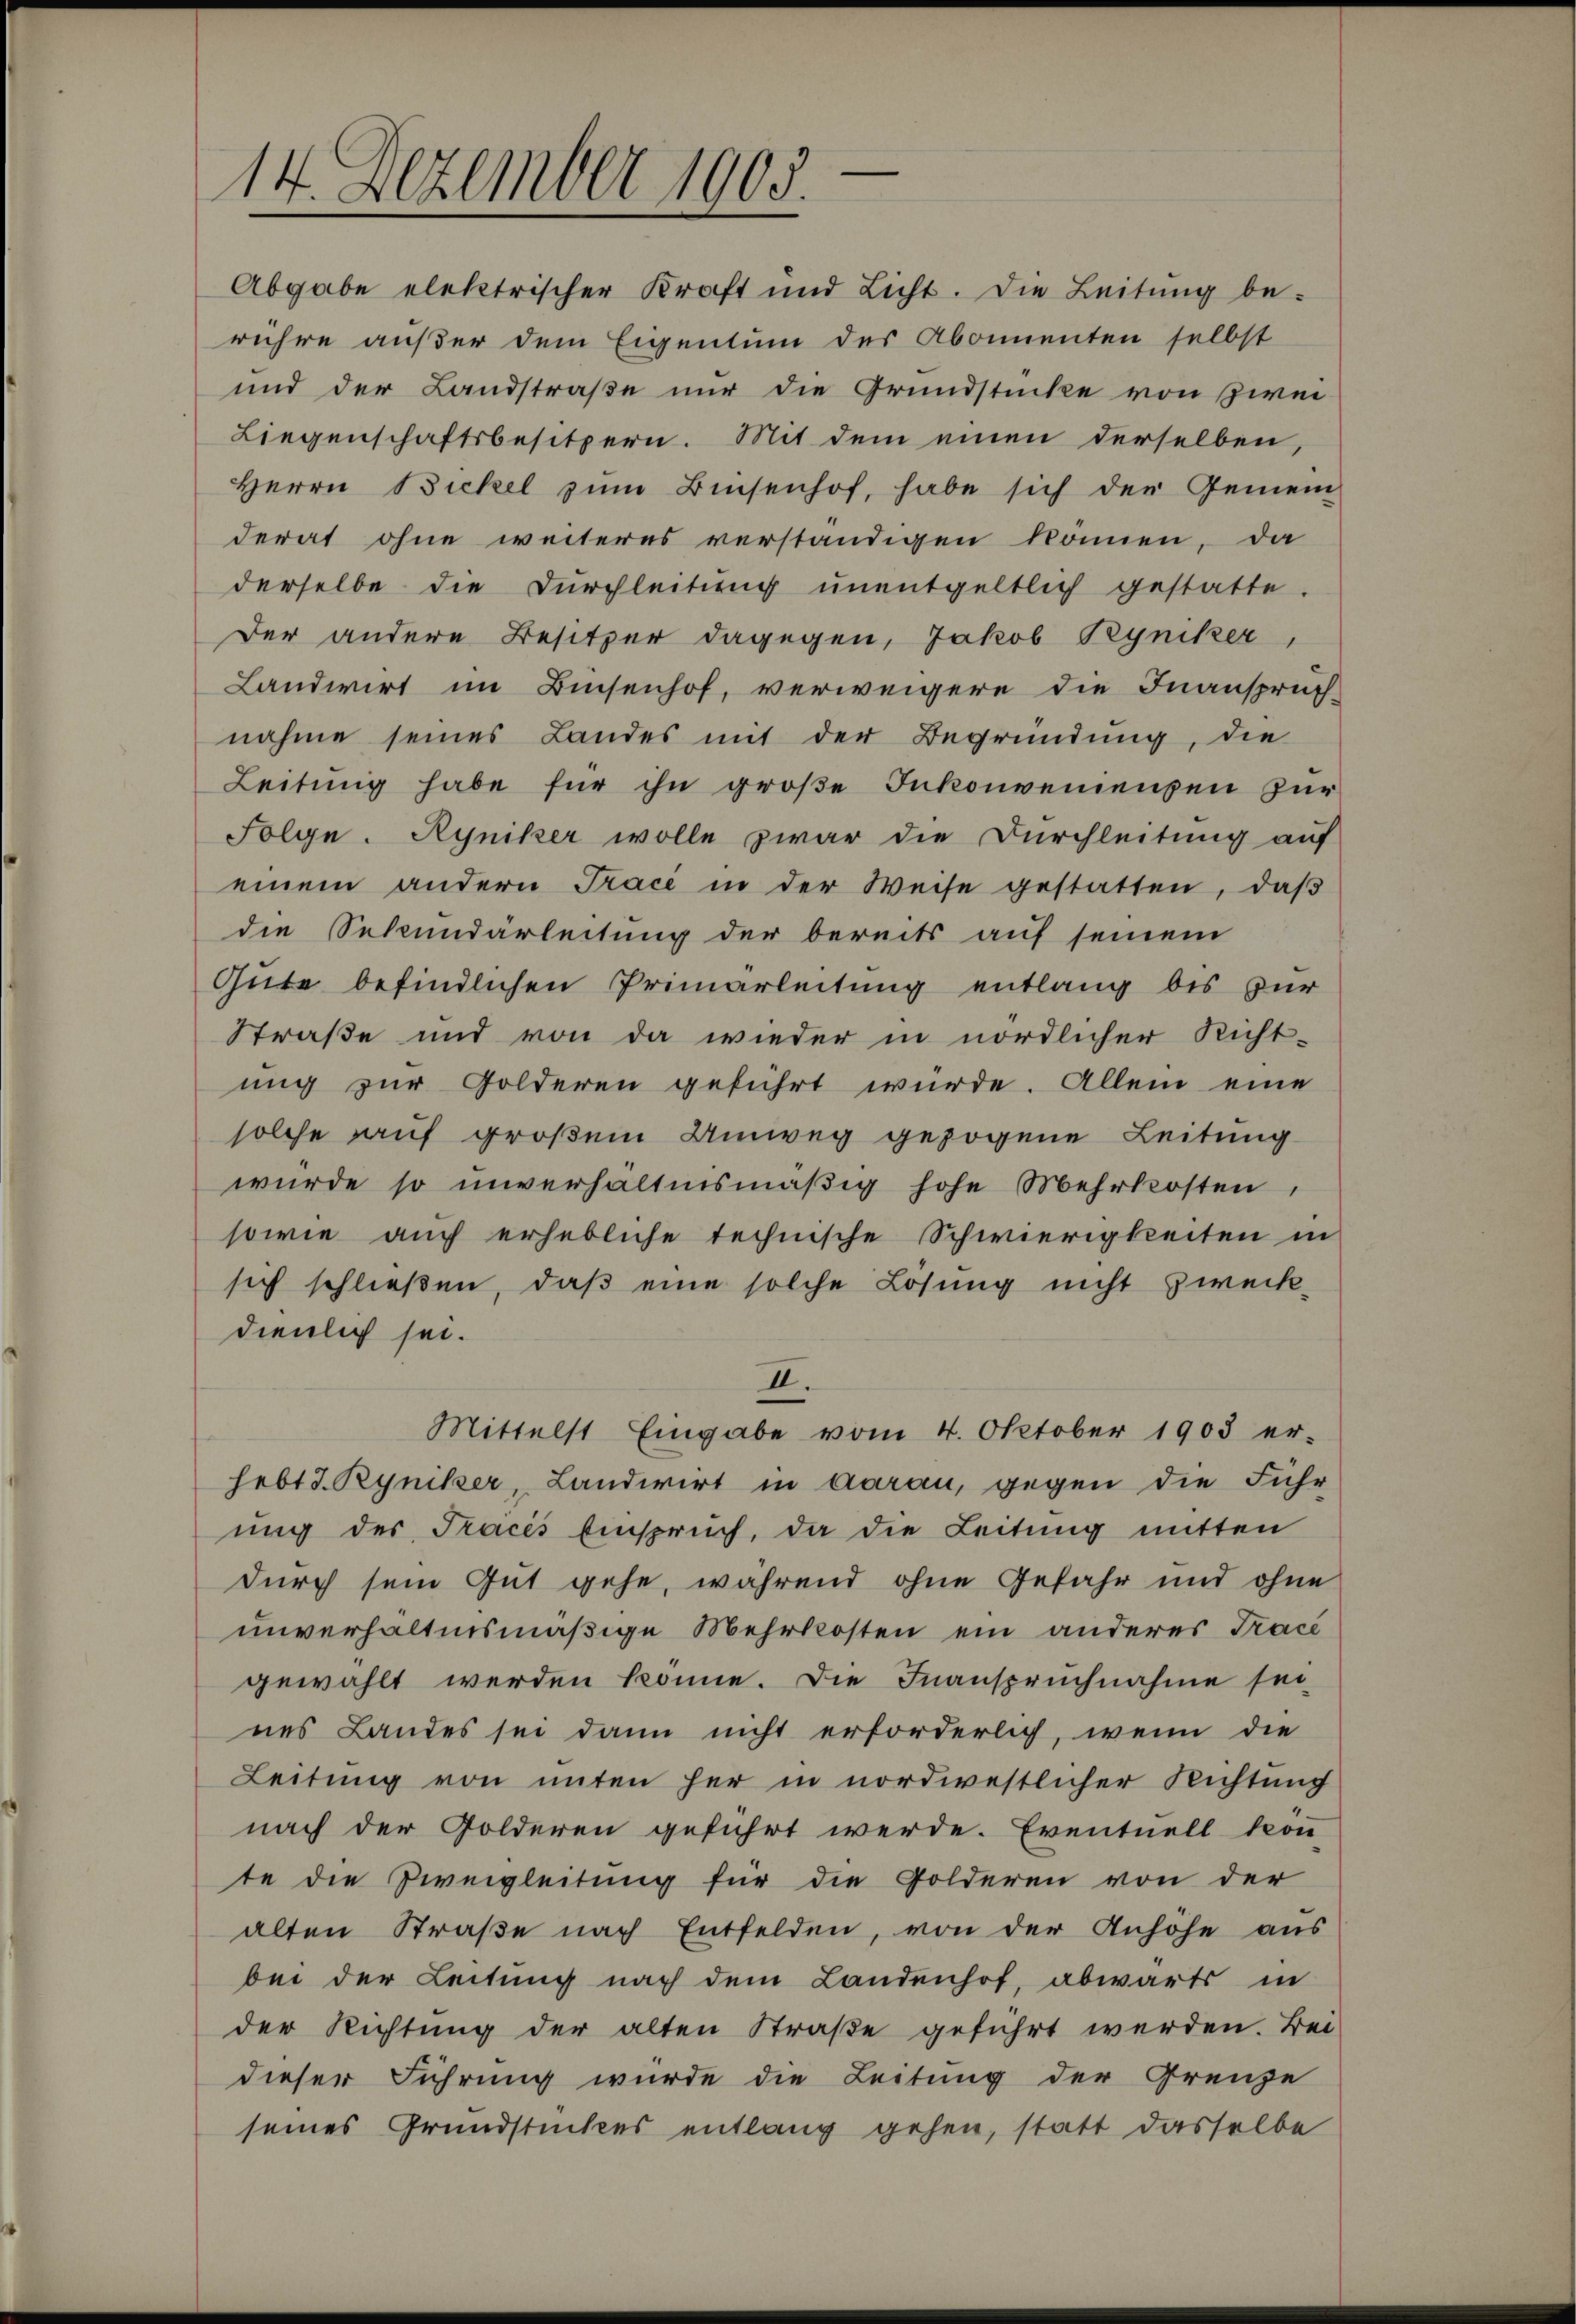
14. Dezember 1905.

Abgabe elektrischer Kraft und Licht. Die Leitung berühre außer dem Eigentum des Abonnenten selbst
und der Landstraße nur die Grundstücke von Zwei¬
Liegenschaftsbesitzern. Mit dem einen derselben,
Herrn Bickel zŭm Bisenhof, habe sich der Gemein-
derat ohne weiteres verständigen können, da
derselbe die Dŭrchleitŭng ŭnentgeltlich gestatte.
Der andere Besitzer dagegen, Jakob Syniker,
Landwirt im Bisenhof, verweigere die Inanspruch-
nahme seines Landes mit der Begründung, die
Leitung habe für ihn große Inkonvenienzen zur
Folyn. Ryniker wolle zwar die Durchleitung auf
einem andern Tracé in der Weise gestatten, daβ
die Sekundarleitung der bereits auf seinem
Gute befindlichen Primarleitung entlang bis zur
Straße und von da wieder in nördlicher Richt-
ung zur Golderen geführt würde. Allein eine
solche auf großem Umweg gezogene Leitung
würde so unverhältnismäßig hohe Mehrkosten,
sowie auch erhebliche technische Schwierigkeiten in
sich schließen, daß eine solche Lösung nicht zweck-
dienlich sei.
II.
Mittelst Eingabe vom 4. Oktober 1903 er-
hebt J. Ryniker, Landwirt in Aarau, gegen die Führ
ung der Tracés Einspruch, da die Leitung mitten
durch sein Gut gehe, während ohne Gefahr und ohne
unverhältnismäßige Mehrkosten ein anderes Tracé
gewählt werden könne. Die Inanspruchnahme sei
nes Landes sei dann nicht erforderlich, wenn die
Leitung von unten her in nordwestlicher Richtung
nach der Golderen geführt werde. Eventuell kön-
te die Zweigleitung für die Polderen von der
alten Straße nach Entfelden, von der Anhöhe aus
bei der Leitung nach dem Landenhof, abwärts in
der Richtung der alten Straße geführt werden. Bei
dieser Führung würde die Leitung der Grenze
seines Grundstückes entlang gehen, statt dasselbe